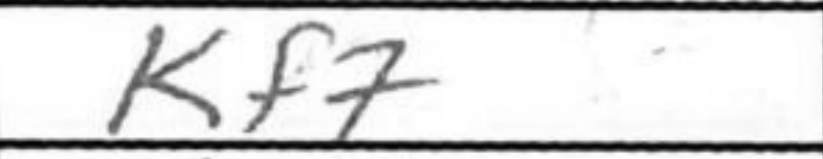
Transcription: Kf7